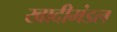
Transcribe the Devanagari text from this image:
खादीमंडल